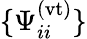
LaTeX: \{ \Psi_{ii}^{(\mathrm{vt})}\}